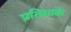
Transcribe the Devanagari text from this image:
प्रतिभाके